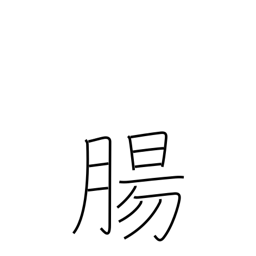
Meaning: intestines